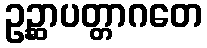
ဥဉ္ဆာပတ္တာဂတေ